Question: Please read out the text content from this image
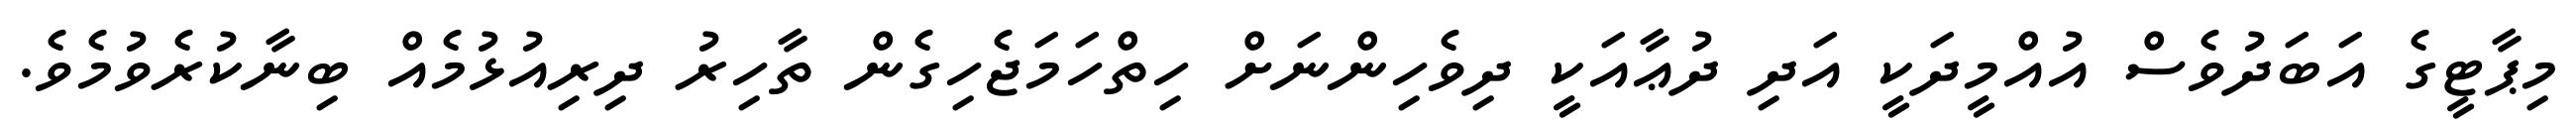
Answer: މިޕާޓީގެ އަބަދުވެސް އުއްމީދަކީ އަދި ދުޢާއަކީ ދިވެހިންނަށް ހިތްހަމަޖެހިގެން ތާހިރު ދިރިއުޅުމެއް ބިނާކުރެވުމެވެ.